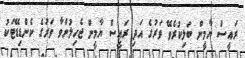
ރައީސް ޔާމީން ބަލިކުރެވޭ ވަރުގެ އަދި ރައީސް ޔާމީން ޖެހިލުންވާ ވަރުގެ ކެންޑިޑޭޓަކު